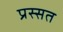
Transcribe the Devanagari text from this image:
प्रस्सत